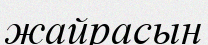
жайрасын